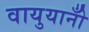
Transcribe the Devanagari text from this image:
वायुयानोँ